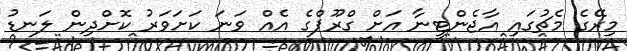
މިރޭގެ މެޗުގައި އާޖެންޓީނާ އަށް ގްރޫޕްގެ އެއް ވަނަ ކަށަވަރު ކޮށްދިން ލަނޑު